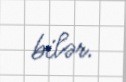
bilər.